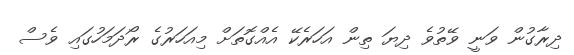
ދިރާގުން ވަނީ ވޭތުވެ ދިޔަ ތިން އަހަރެކޭ އެއްގޮތަށް މިއަހަރުގެ ރޯދަމަހުގައި ވެސް